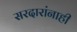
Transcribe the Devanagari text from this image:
सरदारांनाही